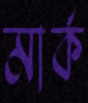
মার্ক